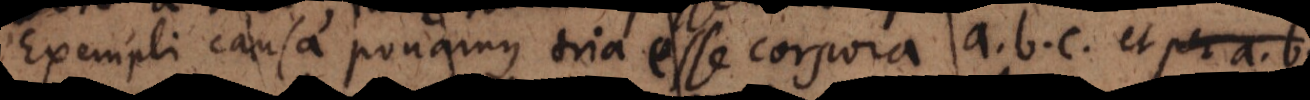
Exempli causa ponamus tria esse corpora a, b, c, et per a, b